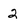
Character: 2